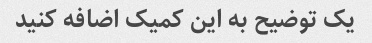
یک توضیح به این کمیک اضافه کنید